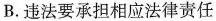
B.违法要承担相应法律责任